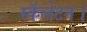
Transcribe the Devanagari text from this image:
स्कॅलेटन।